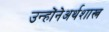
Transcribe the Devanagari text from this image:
उन्होंनेअर्थशास्त्र